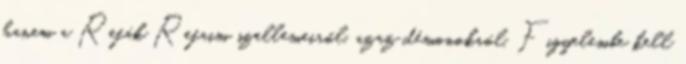
hanem a Refák Refaim szellemeiről, azaz démonokról. Figyelembe kell